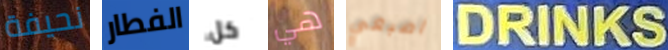
نحيفة الفطار كل هي اصبعي DRINKS